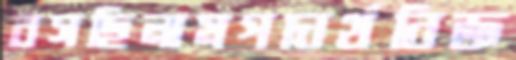
বসছিলামপদার্থবিজ্ঞ